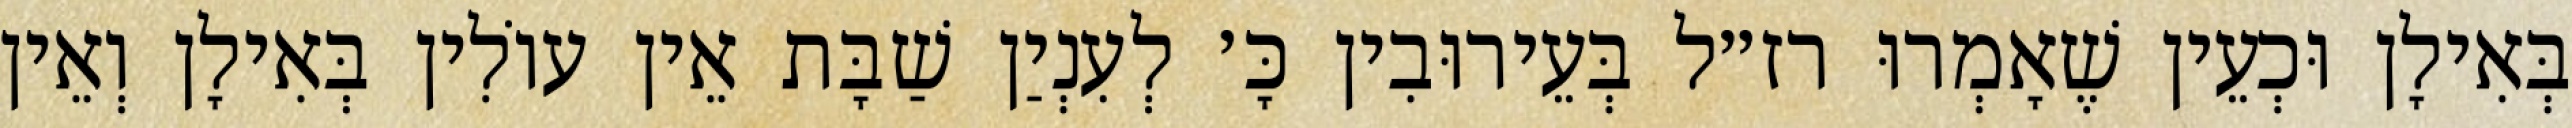
בְּאִילָן וּכְעֵין שֶׁאָמְרוּ רז״ל בְּעֵירוּבִין כָּ׳ לְעִנְיַן שַׁבָּת אֵין עוֹלִין בְּאִילָן וְאֵין